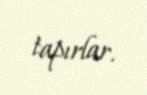
tapırlar.